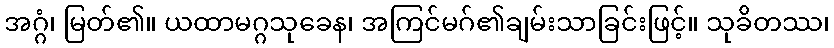
အဂ္ဂံ၊ မြတ်၏။ ယထာမဂ္ဂသုခေန၊ အကြင်မဂ်၏ချမ်းသာခြင်းဖြင့်။ သုခိတဿ၊